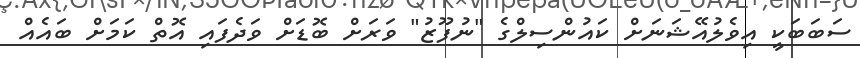
ސަބަބަކީ އިވެލުއޭޝަނަށް ކައުންސިލްގެ "ނުފޫޒު" ވަރަށް ބޮޑަށް ވަދެފައި އޮތް ކަމަށް ބައެއް